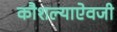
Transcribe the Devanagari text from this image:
कौशल्याऐवजी